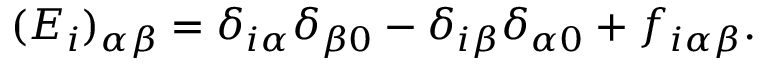
( E _ { i } ) _ { \alpha \beta } = \delta _ { i \alpha } \delta _ { \beta 0 } - \delta _ { i \beta } \delta _ { \alpha 0 } + f _ { i \alpha \beta } .